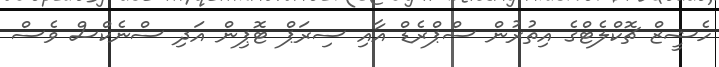
ހެޝީޒް ޗޮކްލެޓްގެ އިތުރުން ސްޕްރެޑް އާއި ސިރަޕް ޓޮޕިން އަދި ސްނެކްސް ވެސް